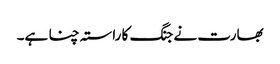
بھارت نے جنگ کا راستہ چنا ہے۔